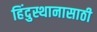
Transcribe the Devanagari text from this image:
हिंदुस्थानासाठी